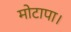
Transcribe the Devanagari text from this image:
मोटापा।